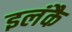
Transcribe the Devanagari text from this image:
इलंकै